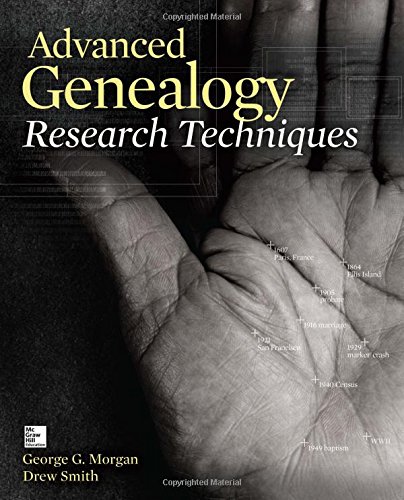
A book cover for Advanced Genealogy Research Techniques; George G. Morgan; Crafts, Hobbies & Home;